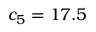
c _ { 5 } = 1 7 . 5